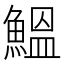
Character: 鰮